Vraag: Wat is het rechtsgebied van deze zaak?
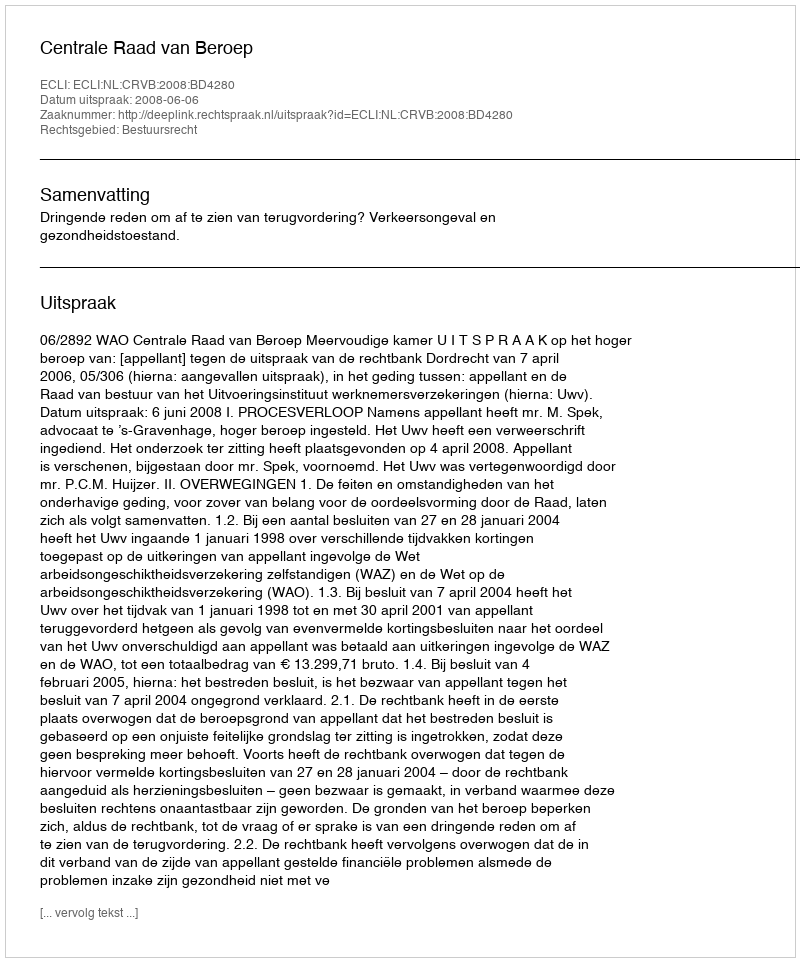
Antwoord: Bestuursrecht